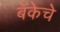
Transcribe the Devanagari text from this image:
बॅकेचे